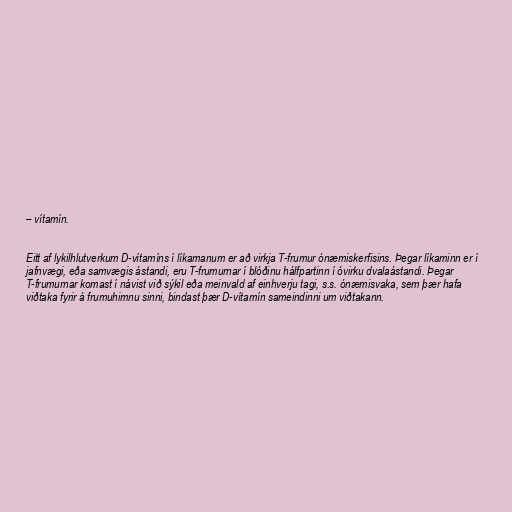
– vítamín.

Eitt af lykilhlutverkum D-vítamíns í líkamanum er að virkja T-frumur ónæmiskerfisins. Þegar líkaminn er í
jafnvægi, eða samvægis ástandi, eru T-frumurnar í blóðinu hálfpartinn í óvirku dvalaástandi. Þegar
T-frumurnar komast í návist við sýkil eða meinvald af einhverju tagi, s.s. ónæmisvaka, sem þær hafa
viðtaka fyrir á frumuhimnu sinni, bindast þær D-vítamín sameindinni um viðtakann.